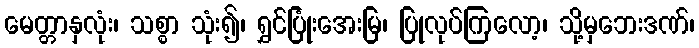
မေတ္တာနှလုံး၊ သစ္စာ သုံး၍၊ ရွှင်ပြုံးအေးမြ၊ ပြုလုပ်ကြလော့၊ သို့မှဘေးဒဏ်၊